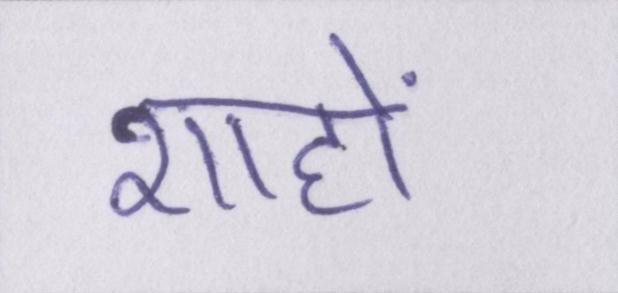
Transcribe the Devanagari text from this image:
शाहों